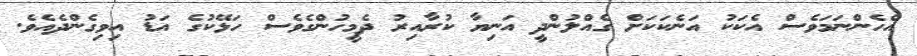
އެހެންނަމަވެސް އެކަކު އަނެކަކަށް ގެއްލުންދީ އަނިޔާ ކުރާއިރު ދެމީހުންގެވެސް ހަޅޭކުގެ އަޑު އިވިގެންދެއެވެ.